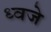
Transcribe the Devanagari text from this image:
ध्वजे